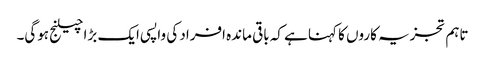
تاہم تجزیہ کاروں کا کہنا ہے کہ باقی ماندہ افراد کی واپسی ایک بڑا چیلنج ہوگی۔